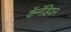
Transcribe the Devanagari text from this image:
कॅनॅडियन